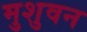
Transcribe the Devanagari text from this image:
मुशुवन